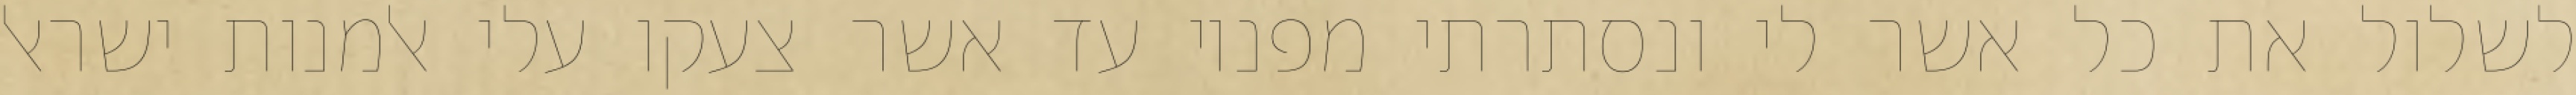
לשלול את כל אשר לי ונסתרתי מפניו עד אשר צעקו עלי אלמנות ישראל